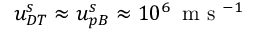
u _ { D T } ^ { s } \approx u _ { p B } ^ { s } \approx 1 0 ^ { 6 } \, \mathrm { ~ m ~ s ~ } ^ { - 1 }